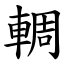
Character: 輖